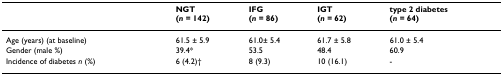
|  | NGT(n = 142) | IFG(n = 86) | IGT(n = 62) | type 2 diabetes(n = 64) |
 | --- | --- | --- | --- | --- |
 | Age (years) (at baseline) | 61.5 ± 5.9 | 61.0± 5.4 | 61.7 ± 5.8 | 61.0 ± 5.4 |
 | Gender (male %) | 39.4* | 53.5 | 48.4 | 60.9 |
 | Incidence of diabetes n (%) | 6 (4.2)† | 8 (9.3) | 10 (16.1) | - |